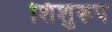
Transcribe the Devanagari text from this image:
शिशुरूप